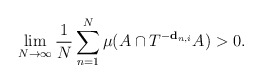
\begin{align*} \lim_{N \rightarrow \infty} \frac{1}{N} \sum_{n=1}^N \mu(A \cap T^{-\bold{d}_{n,i}} A) > 0. \end{align*}